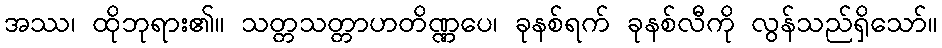
အဿ၊ ထိုဘုရား၏။ သတ္တသတ္တာဟတိဏ္ဏပေ၊ ခုနစ်ရက် ခုနစ်လီကို လွန်သည်ရှိသော်။